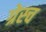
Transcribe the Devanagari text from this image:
ग्रेस्च